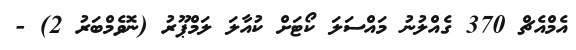
އެމްއެޗް 370 ގެއްލުނު މައްސަލަ ކޯޓަށް ކުއާލަ ލަމްޕޫރު (ނޮވެމްބަރު 2) -